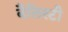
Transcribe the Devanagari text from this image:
बैलिस्टी